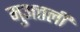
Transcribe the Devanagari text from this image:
मुअत्तली